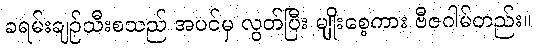
ခရမ်းချဉ်သီးစသည် အပင်မှ လွတ်ပြီး မျိုးစေ့ကား ဗီဇဂါမ်တည်း။